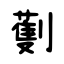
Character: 劐